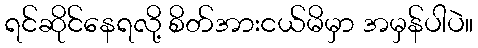
ရင်ဆိုင်နေရလို့ စိတ်အားငယ်မိမှာ အမှန်ပါပဲ။